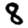
Digit: 8